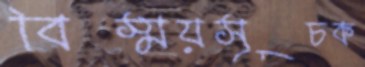
বিস্ময়সূচক